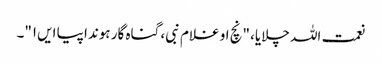
نعمت اللہ چلایا، "نچ او غلام نبی، گناہ گار ہوندا پیا ایں۱"۔